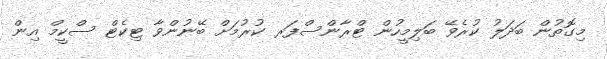
މިގޮތުން ބަދަލު ކުރެވޭ ބަލިމީހުން ޓްރާންސްފަރ ކުރުމަށް ބޭނުންވާ ޓިކެޓް ސްކީމް އިން